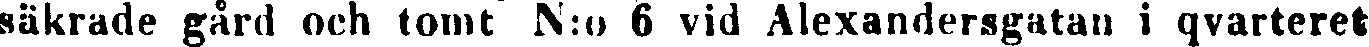
säkrade gård och tomt N:o 6 vid Alexandersgatan i qvarteret